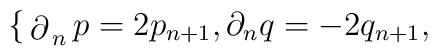
\begin{cases}\partial_np= 2p_{n+1},\\\partial_nq=-2q_{n+1},\end{cases}